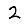
Digit: 2